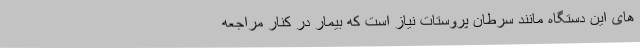
های این دستگاه مانند سرطان پروستات نیاز است که بیمار در کنار مراجعه